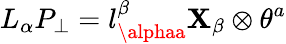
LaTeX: L_{\alpha}P_{\perp}=l_{\alphaa}^{\beta}\mathbf{X}_{\beta}\otimes\theta^{a}